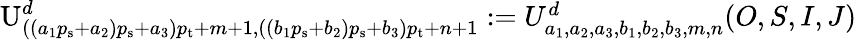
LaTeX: \begin{array}{r}{\textrm{U}_{((a_{1}{p_{\mathrm{s}}}+a_{2}){p_{\mathrm{s}}}+a_{3}){p_{\mathrm{t}}}+m+1,((b_{1}{p_{\mathrm{s}}}+b_{2}){p_{\mathrm{s}}}+b_{3}){p_{\mathrm{t}}}+n+1}^{d}:=U_{a_{1},a_{2},a_{3},b_{1},b_{2},b_{3},m,n}^{d}(O,S,I,J)}\end{array}